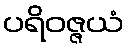
ပရိဝဇ္ဇယံ